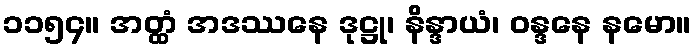
၁၁၅၄။ အတ္ထံ အဒဿနေ ဒုဋ္ဌု၊ နိန္ဒာယံ၊ ဝန္ဒနေ နမော။